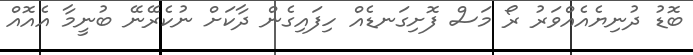
ބޮޑު ދުނިޔެއެއްވަރު ރޯ މަސް ފޮށިގަނޑެއް ހިފައިގެން ދާކަށް ނުކެރޭނޭ ބުނީމާ އެއޮއް